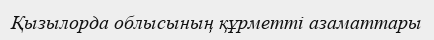
Қызылорда облысының құрметті азаматтары